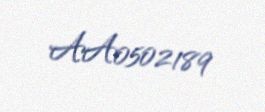
AA0502189